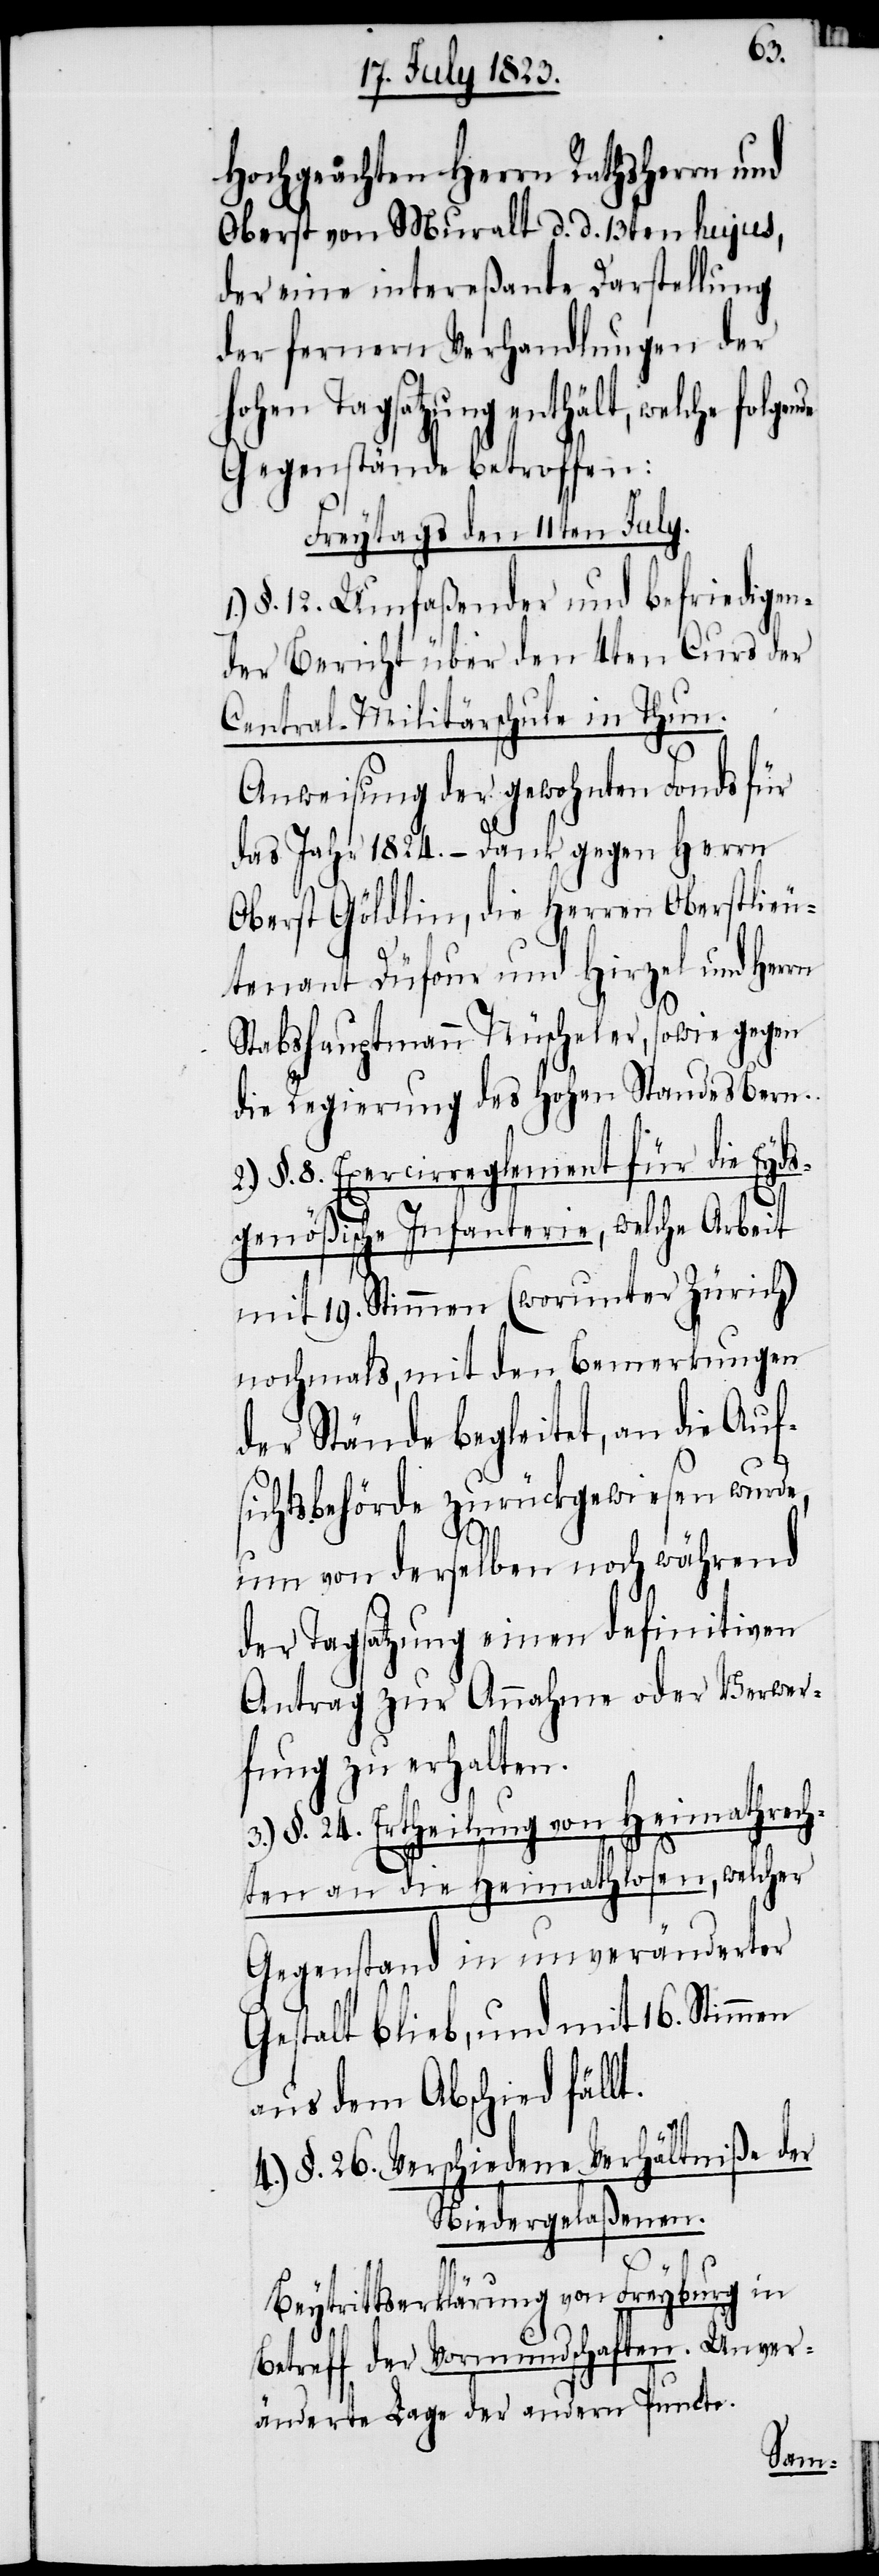
Hochgeachten Herrn Rathsherrn und
Oberst von Muralt d. d. 13ten hujus,
der eine intereßante Darstellung
der fernern Verhandlungen der
hohen Tagsatzung enthält, welche folg¬
Gegenstände betroffen:
Freytags den 11ten July.
§. 12. Umfaßender und befriedigen¬
der Bericht über den 4ten Curs der
Central-Militärschule in Thun.
Anweisung der gewohnten Fonds für
das Jahr 1824. – Dank gegen Herrn
Oberst Göldlin, die Herren Oberstlieu¬
tenant Düfour und Hirzel und Her¬
Stabshauptmann Nüscheler, sowie gegen
die Regierung des Hohen Standes Bern.
§. 8. Exercirreglement für die Eyds¬
genößische Infanterie, welche Arbeit
mit 19. Stimmen (worunter Zürich)
nochmals, mit den Bemerkungen
der Stände begleitet, an die Auf¬
sichtsbehörde zurückgewiesen wurde,
um von derselben noch während
der Tagsatzung einen definitiven
Antrag zur Annahme oder Verwer¬
fung zu erhalten.
3.) §. 24. Ertheilung von Heimathrech¬
ten an die Heimathlosen, welcher
Gegenstand in unveränderter
Gestalt blieb, und mit 16. Stimmen
aus dem Abschied fäll¬
t.
4.) §. 26. Verschiedene Verhältniße der
Niedergelaßenen.
Beytrittserklärung von Freyburg in
Betreff der Vormundschaften. Unver¬
änderte Lage der andern Puncte.